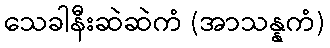
သေခါနီးဆဲဆဲကံ (အာသန္နကံ)